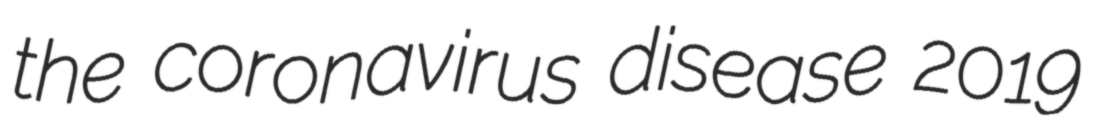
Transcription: the coronavirus disease 2019